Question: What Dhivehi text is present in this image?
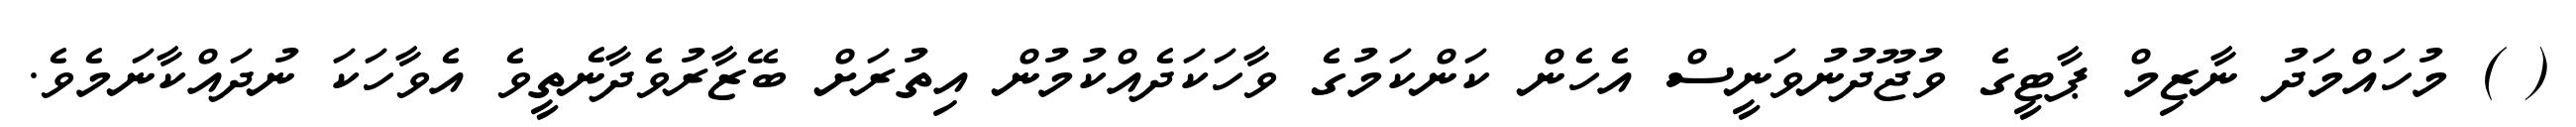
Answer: ( ) މުހައްމަދު ނާޒިމް ޕާޓީގެ ވުޖޫދުނުވަނީސް އެހެން ކަންކަމުގެ ވާހަކަދެއްކުމުން އިތުރަށް ބޭޒާރުވެދާނެތީވެ އެވާހަކަ ނުދައްކާނަމެވެ.